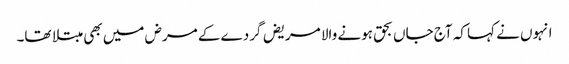
انہوں نے کہا کہ آج جاں بحق ہونے والا مریض گردے کے مرض میں بھی مبتلا تھا۔